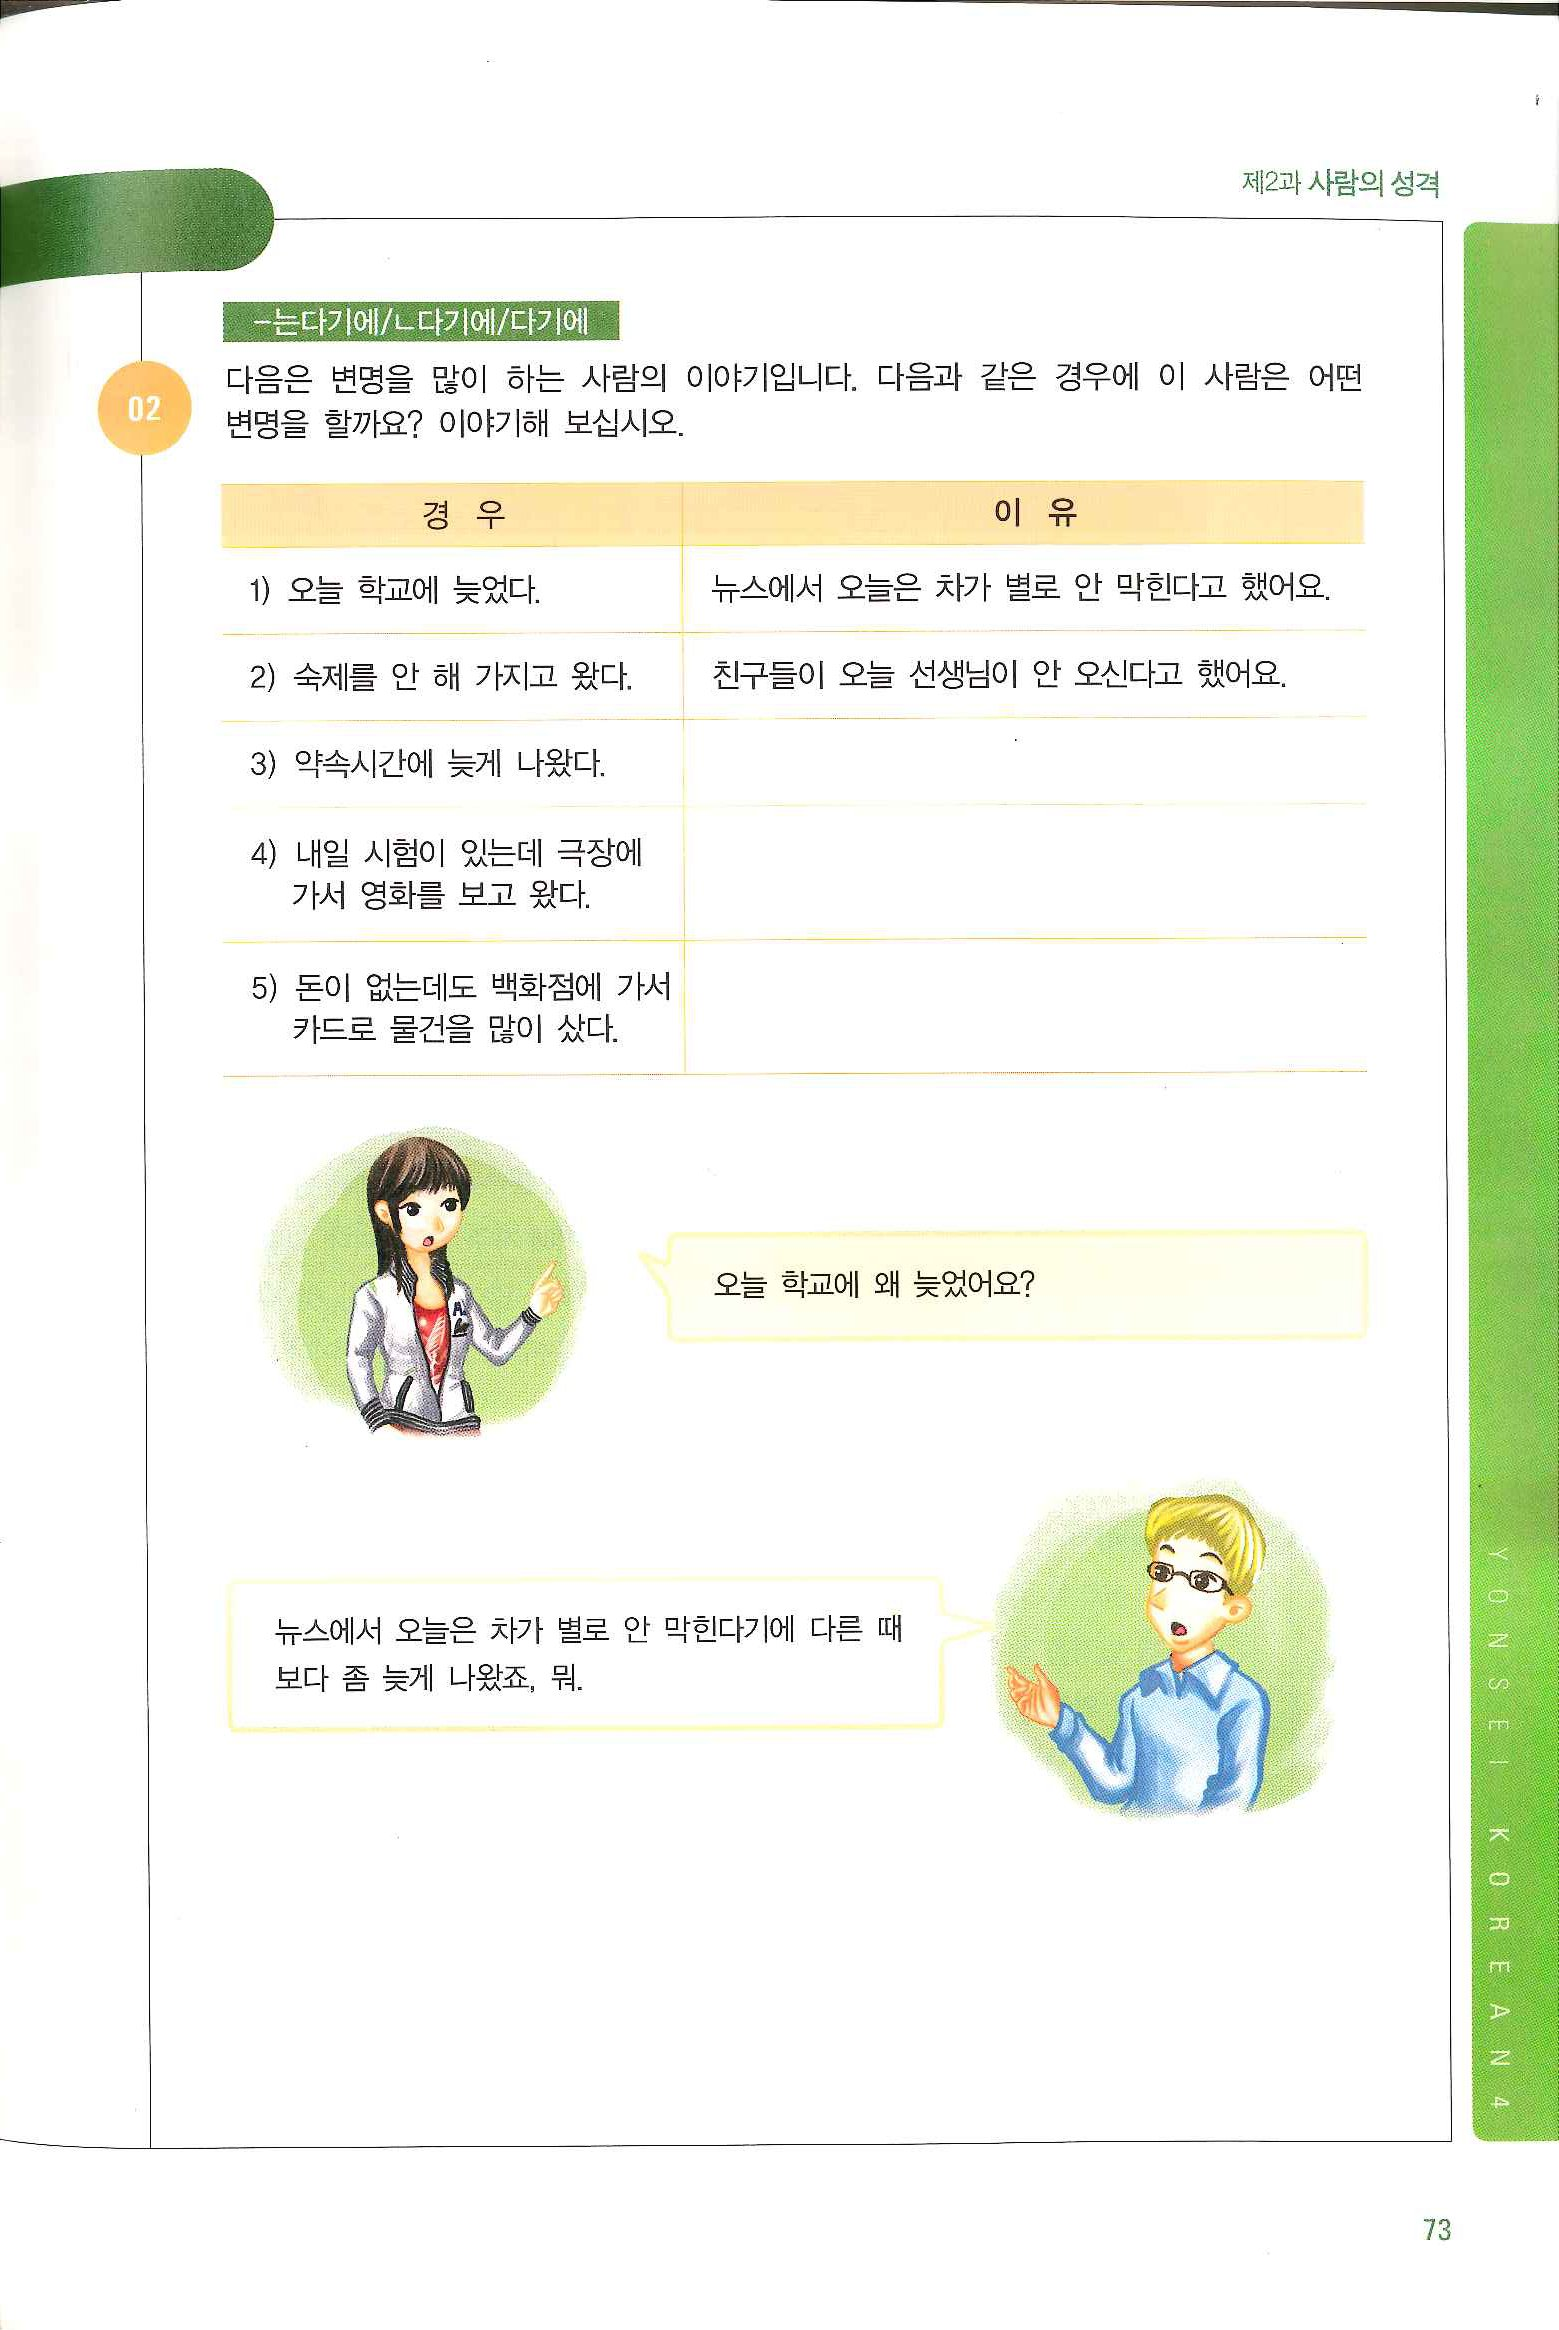
Language: ko